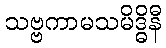
သဗ္ဗကာမသမိဒ္ဓိနီ